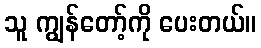
သူ ကျွန်တော့်ကို ပေးတယ်။